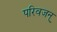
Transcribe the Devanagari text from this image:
परिवजन्